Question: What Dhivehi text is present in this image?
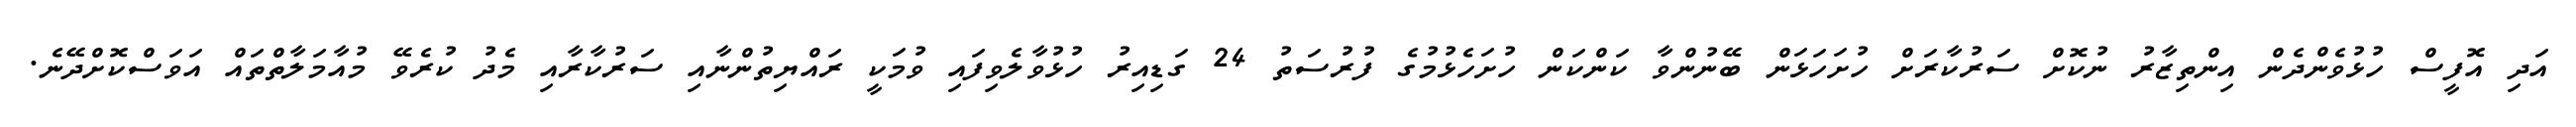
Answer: އަދި އޮފީސް ހުޅުވެންދެން އިންތިޒާރު ނުކޮށް ސަރުކާރަށް ހުށަހަޅަން ބޭނުންވާ ކަންކަން ހުށަހެޅުމުގެ ފުރުސަތު 24 ގަޑިއިރު ހުޅުވާލެވިފައި ވުމަކީ ރައްޔިތުންނާއި ސަރުކާރާއި މެދު ކުރެވޭ މުއާމަލާތްތައް އަވަސްކޮށްދޭނެ.